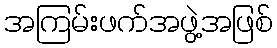
အကြမ်းဖက်အဖွဲ့အဖြစ်